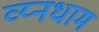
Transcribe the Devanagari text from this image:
व्य्नधाम